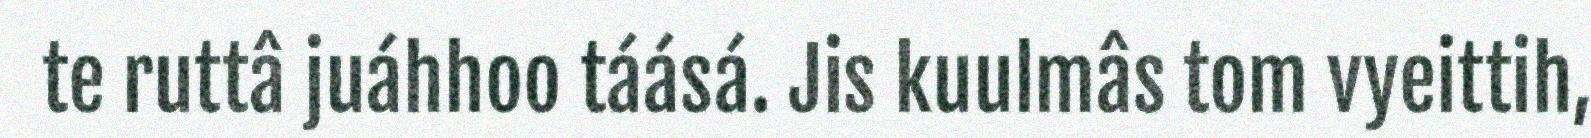
te ruttâ juáhhoo táásá. Jis kuulmâs tom vyeittih,